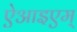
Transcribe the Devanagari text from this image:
ऐआइएम्